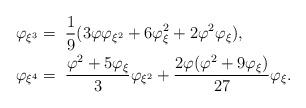
LaTeX: \begin{align*} \varphi_{\xi^3}&=\;\frac{1}{9}(3\varphi\varphi_{\xi^2}+6\varphi_{\xi}^2+2\varphi^2\varphi_{\xi}),\\ \varphi_{\xi^4}&=\;\frac{\varphi^2+5\varphi_{\xi}}{3}\varphi_{\xi^2}+\frac{2\varphi(\varphi^2+9\varphi_{\xi})}{27}\varphi_{\xi}. \end{align*}